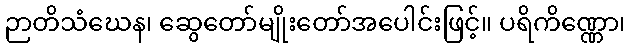
ဉာတိသံဃေန၊ ဆွေတော်မျိုးတော်အပေါင်းဖြင့်။ ပရိကိဏ္ဏော၊